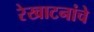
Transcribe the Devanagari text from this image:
रेखाटनांचे